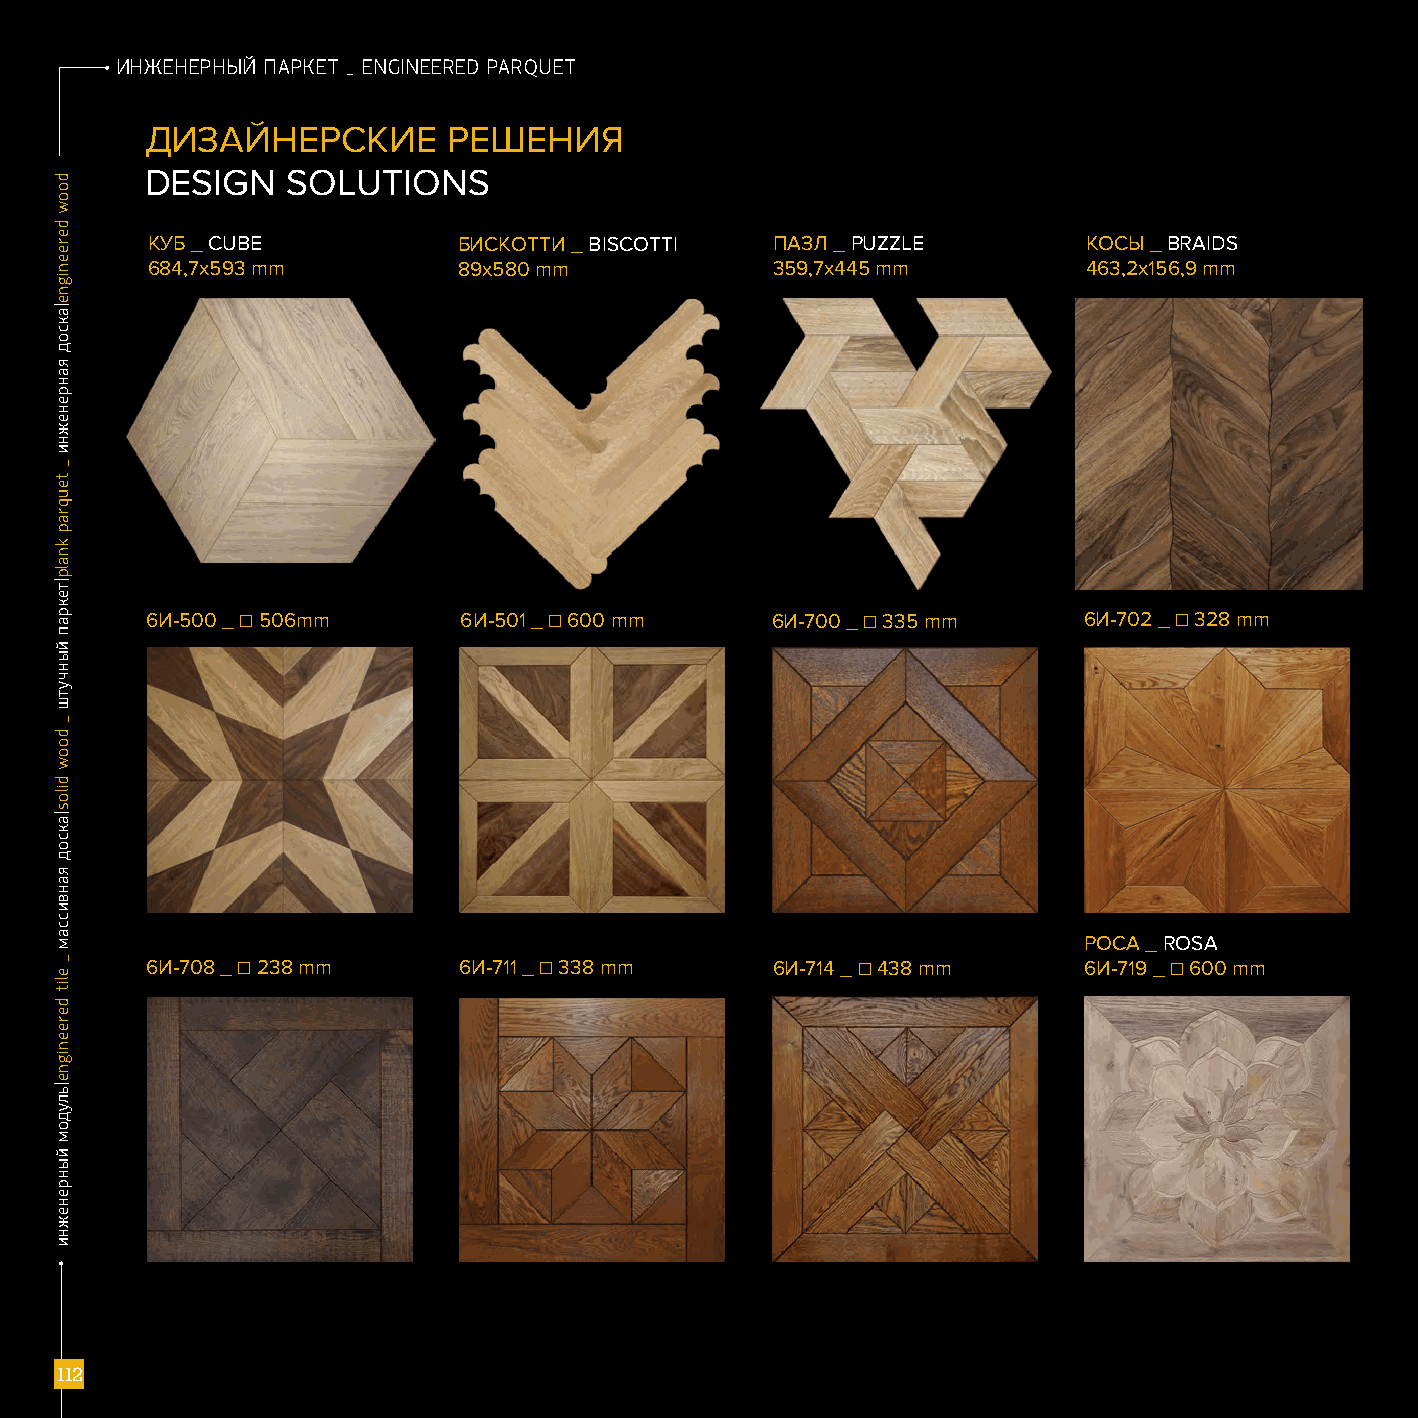
ИИННЖЖЕЕННЕЕРРННЫЫЙЙ ППААРРККЕЕТТ __ EEnNGGiInNEEEERREEDD PPAARRQQUUEETT
 ДИЗАЙНЕРСКИЕ        РЕШЕНИЯ
 DESIGN   SOLUTIONS
 КУБ _ CUBE          БИСКОТТИ _ BISCOTTI  ПАЗЛ _ PUZZLE        КОСЫ _ BRAIDS
 684,7х593 mm        89x580 mm            359,7x445 mm         463,2x156,9 mm
 6И-500 _ ☐ 506mm    6И-501 _ ☐ 600 mm    6И-700 _ ☐ 335 mm    6И-702 _ ☐ 328 mm
 РОСА _ ROSA
 6И-708 _ ☐ 238 mm   6И-711 _ ☐ 338 mm    6И-714 _ ☐ 438 mm    6И-719 _ ☐ 600 mm
 111111222
 ddooooww
 ddeerreeeenniiggnnee||ааккссоодд
 яяааннррееннеежжннии
 __
 tteeuuqqrraapp
 kknnaallpp||ттееккрраапп
 ййыыннччууттшш
 __
 ddooooww
 ddiillooss||ааккссоодд
 яяааннввииссссаамм
 __
 eelliitt
 ddeerreeeenniiggnnee||ььллууддоомм
 ййыыннррееннеежжннии